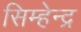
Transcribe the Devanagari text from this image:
सिम्हेन्द्र